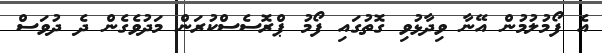
އެ ފޯމުލުމުން އޭނާ ވިދާޅުވި ގޮތުގައި ފޯމު ޕްރޮސެސްކުރަން މަދުވެގެން ދެ ދުވަސް